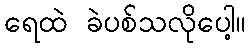
ရေထဲ ခဲပစ်သလိုပေါ့။